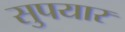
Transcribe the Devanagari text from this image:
सुपयार